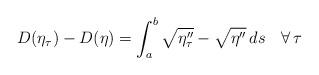
LaTeX: \begin{align*}D(\eta_{\tau})-D(\eta)=\int_{a}^{b}\sqrt{\eta_{\tau}''}-\sqrt{\eta''}\,ds\quad\forall\,\tau\end{align*}